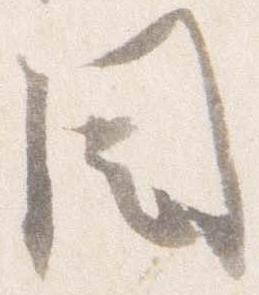
目